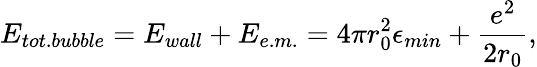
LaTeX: E_{tot.bubble}=E_{wall}+E_{e.m.}=4\pi r_{0}^{2}\epsilon_{min}+\frac{e^{2}}{2r_{0}},